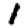
Digit: 1